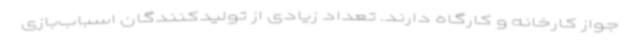
جواز کارخانه و کارگاه دارند. تعداد زیادی از تولیدکنندگان اسباب‌بازی